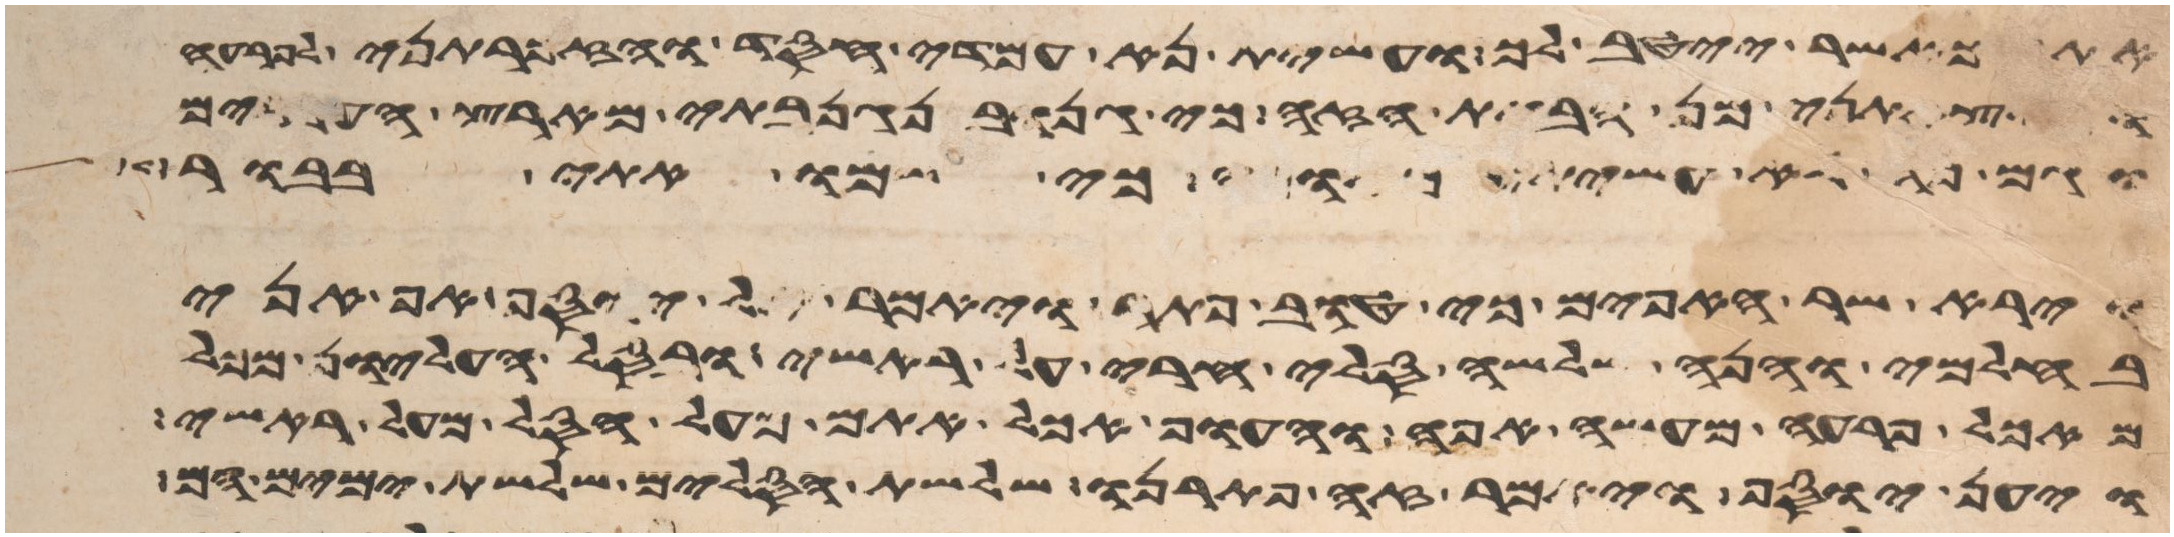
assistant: אתך כאשר ייטב לך ועשית נא עמדי חסד והזכרתני לפרעה
והוצאתני מן הבית הזה כי גנוב נגנבתי מארץ העברים
וגם פה לא עשיתי מאומה כי שמו אתי בבור
וירא שר האפים כי טוב פתר ויאמר אל יוסף אף אני
בחלמי והנה שלשה סלי חרי על ראשי ובסל העליון מכל
מאכל פרעה מעשה אפה והעוף אכל אתם מעל הסל מעל ראשי
ויען יוסף ויאמר זה פתרנו שלשת הסלים שלשת ימים הם